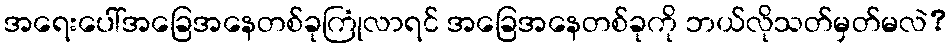
အရေးပေါ်အခြေအနေတစ်ခုကြုံလာရင် အခြေအနေတစ်ခုကို ဘယ်လိုသတ်မှတ်မလဲ?